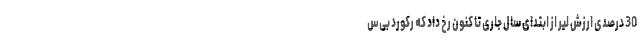
30 درصدی ارزش لیر از ابتدای سال جاری تا کنون رخ داد که رکورد بی‌س